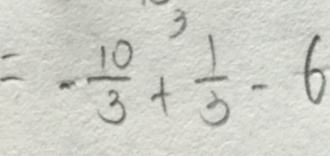
= - \frac { 1 0 } { 3 } + \frac { 1 } { 3 } - 6